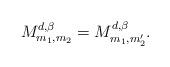
LaTeX: \begin{align*}M_{m_{1},m_{2}}^{ d,\beta}=M_{m_{1},m_{2}'}^{ d,\beta}.\end{align*}